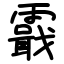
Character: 霵